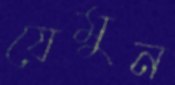
যেমুন